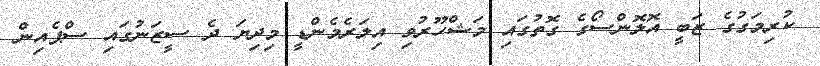
ކުރިމަގުގެ ޒަބީ އޮލޮންސޯގެ ގޮތުގައި މަޝްހޫރުވި އިލަރެމެންޑީ މިދިޔަ ދެ ސީޒަނުގައި ސްޕެއިން